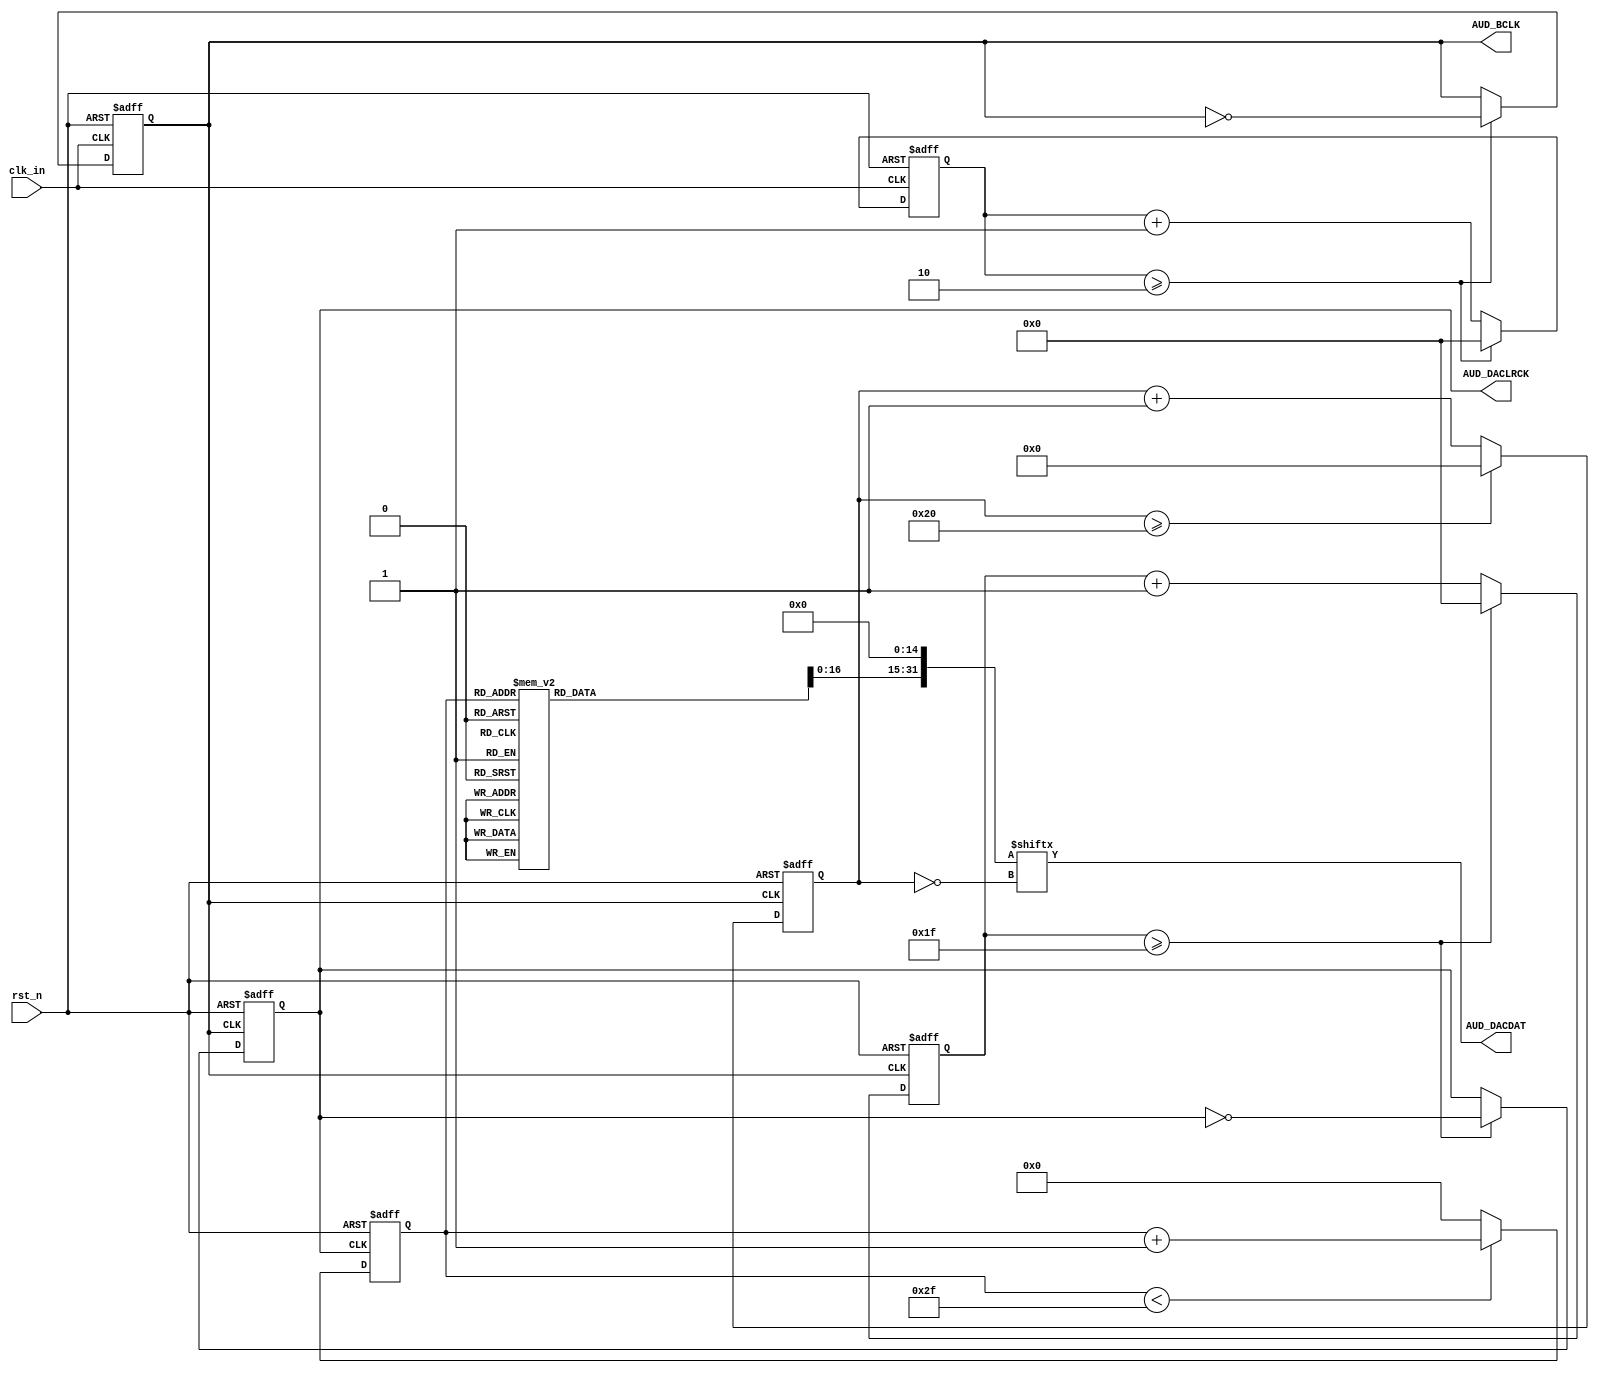

/*====================================================*/
/*				Document description
	: IIS.v
	: 
	: 2019-05-18
	: 	IIS
			IISWM8731
			BUG
	: 
	: V1.0
	: 1073804283@qq.com
*/
/*====================================================*/

/*====================================================*/
/*
// Module instantiation
//IIS
IIS		U_IIS_?
(
	//input
	.clk_in(),			//50MHz
	.rst_n(),			//

	//output
	.AUD_BCLK(),		//
	.AUD_DACLRCK(),		//
	.AUD_DACDAT()		//
);
*/
/*====================================================*/

module IIS
(
	//input
	clk_in,			//50MHz
	rst_n,			//

	//output
	AUD_BCLK,		//
	AUD_DACLRCK,	//
	AUD_DACDAT		//
);

//-------------------------------------------------------
//				`define definition
//-------------------------------------------------------

`define MCLK			18432000
`define DATA_WIDTH 		32
`define SAMPLE_RATE		48000
`define CHANNEL_NUM		2

`define BIT_CLK_NUM 	`MCLK/(`SAMPLE_RATE*`DATA_WIDTH*`CHANNEL_NUM*2)-1
`define LRC_CLK_NUM 	`DATA_WIDTH-1

//-------------------------------------------------------
//				reg / wire definition
//-------------------------------------------------------

input wire			clk_in;
input wire			rst_n;

output reg			AUD_BCLK 		= 1'b0;

output reg			AUD_DACLRCK		= 1'b0;
output wire			AUD_DACDAT;

reg 		[7:0]	BIT_CLK_Count 	= 8'd0;
reg 		[7:0]	LRC_CLK_Count 	= 8'd0;

reg 		[31:0] 	Send_Data_Buff 	= 32'd0;
wire 		[31:0]  Send_Data_Buff2 = Send_Data_Buff<<15;

reg 		[5:0]	SIN_Cont 		= 6'd0;

reg			[4:0]	SEL_Cont;

//-------------------------------------------------------
//				Structural coding
//-------------------------------------------------------

/*
	
*/
always @ ( posedge clk_in or negedge rst_n ) begin
	if(!rst_n) begin
		BIT_CLK_Count <= 8'd0;
		AUD_BCLK <= 1'b0;
	end
	else begin
		if( BIT_CLK_Count >= `BIT_CLK_NUM ) begin
			BIT_CLK_Count <= 8'd0;
			AUD_BCLK <= ~AUD_BCLK;
		end
		else
			BIT_CLK_Count <= BIT_CLK_Count + 8'd1;
	end
end

/*
	LRCK,AUD_BCLK32
*/
always @ ( negedge AUD_BCLK or negedge rst_n ) begin
	if(!rst_n) begin
		LRC_CLK_Count <= 8'd0;
		AUD_DACLRCK <= 1'b0;
	end
	else begin
		if( LRC_CLK_Count >= `LRC_CLK_NUM ) begin
			LRC_CLK_Count <= 8'd0;
			AUD_DACLRCK <= ~ AUD_DACLRCK;
		end
		else
			LRC_CLK_Count <= LRC_CLK_Count + 8'd1;
	end
end

/*
	buff
*/
always@(negedge AUD_DACLRCK or negedge rst_n)
begin
	if(!rst_n)
	SIN_Cont	<=	0;
	else
	begin
		if(SIN_Cont < 6'd47 )
		SIN_Cont	<=	SIN_Cont+1;
		else
		SIN_Cont	<=	0;
	end
end

always@(SIN_Cont)
begin
    case(SIN_Cont)
    0  :  Send_Data_Buff       <=      0       ;
    1  :  Send_Data_Buff       <=      4276    ;
    2  :  Send_Data_Buff       <=      8480    ;
    3  :  Send_Data_Buff       <=      12539   ;
    4  :  Send_Data_Buff       <=      16383   ;
    5  :  Send_Data_Buff       <=      19947   ;
    6  :  Send_Data_Buff       <=      23169   ;
    7  :  Send_Data_Buff       <=      25995   ;
    8  :  Send_Data_Buff       <=      28377   ;
    9  :  Send_Data_Buff       <=      30272   ;
    10  :  Send_Data_Buff      <=      31650   ;
    11  :  Send_Data_Buff      <=      32486   ;
    12  :  Send_Data_Buff      <=      32767   ;
    13  :  Send_Data_Buff      <=      32486   ;
    14  :  Send_Data_Buff      <=      31650   ;
    15  :  Send_Data_Buff      <=      30272   ;
    16  :  Send_Data_Buff      <=      28377   ;
    17  :  Send_Data_Buff      <=      25995   ;
    18  :  Send_Data_Buff      <=      23169   ;
    19  :  Send_Data_Buff      <=      19947   ;
    20  :  Send_Data_Buff      <=      16383   ;
    21  :  Send_Data_Buff      <=      12539   ;
    22  :  Send_Data_Buff      <=      8480    ;
    23  :  Send_Data_Buff      <=      4276    ;
    24  :  Send_Data_Buff      <=      0       ;
    25  :  Send_Data_Buff      <=      61259   ;
    26  :  Send_Data_Buff      <=      57056   ;
    27  :  Send_Data_Buff      <=      52997   ;
    28  :  Send_Data_Buff      <=      49153   ;
    29  :  Send_Data_Buff      <=      45589   ;
    30  :  Send_Data_Buff      <=      42366   ;
    31  :  Send_Data_Buff      <=      39540   ;
    32  :  Send_Data_Buff      <=      37159   ;
    33  :  Send_Data_Buff      <=      35263   ;
    34  :  Send_Data_Buff      <=      33885   ;
    35  :  Send_Data_Buff      <=      33049   ;
    36  :  Send_Data_Buff      <=      32768   ;
    37  :  Send_Data_Buff      <=      33049   ;
    38  :  Send_Data_Buff      <=      33885   ;
    39  :  Send_Data_Buff      <=      35263   ;
    40  :  Send_Data_Buff      <=      37159   ;
    41  :  Send_Data_Buff      <=      39540   ;
    42  :  Send_Data_Buff      <=      42366   ;
    43  :  Send_Data_Buff      <=      45589   ;
    44  :  Send_Data_Buff      <=      49152   ;
    45  :  Send_Data_Buff      <=      52997   ;
    46  :  Send_Data_Buff      <=      57056   ;
    47  :  Send_Data_Buff      <=      61259   ;
	default	:
		   Send_Data_Buff		<=		0		;
	endcase
end

/*
	
*/
always@(negedge AUD_BCLK or negedge rst_n)
begin
	if(!rst_n)
	SEL_Cont	<=	0;
	else begin
		if(SEL_Cont >= `DATA_WIDTH)
			SEL_Cont <= 0;
		else
			SEL_Cont	<=	SEL_Cont+1;
	end
end

assign AUD_DACDAT = Send_Data_Buff2[ ~ SEL_Cont ];



endmodule